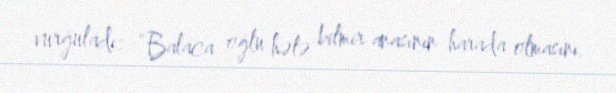
vurğuladı: “Balaca oğlu hələ bilmir anasının harada olmasını.